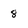
Character: 8